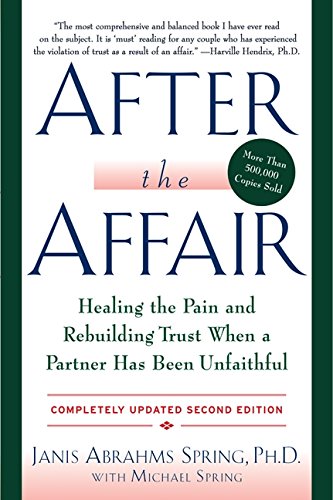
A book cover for After the Affair: Healing the Pain and Rebuilding Trust When a Partner Has Been Unfaithful, 2nd Edition; Janis A. Spring; Parenting & Relationships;